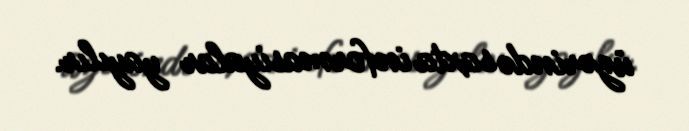
üzərində saxta informasiyalar yayılır.